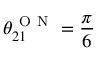
\theta _ { 2 1 } ^ { \mathrm { ~ O ~ N ~ } } = \frac { \pi } { 6 }